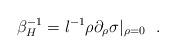
LaTeX: \begin{align*}\beta^{-1}_H=l^{-1}\rho \partial_\rho \sigma |_{\rho=0}~~.\end{align*}